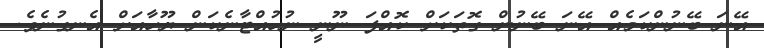
އޭނަ ބޭނުންކަމެއް އޭނަ ބޭނުން ގޮތަކަށް ކޮއްފަ ނޫނީ ނުހުއްޓާނެކަން ޔޫހާއަށް އެނގުނެވެ.